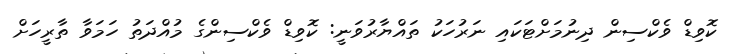
ކޮވިޑް ވެކްސިން ދިނުމަށްޓަކައި ނަރުހަކު ތައްޔާރުވަނީ: ކޮވިޑް ވެކްސިންގެ މުއްދަތު ހަމަވާ ތާރީހަށް